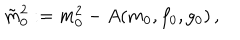
LaTeX: \tilde { m } _ { 0 } ^ { 2 } : = m _ { 0 } ^ { 2 } - A ( m _ { 0 } , f _ { 0 } , g _ { 0 } ) \, ,